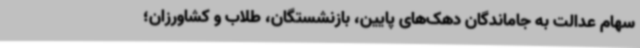
سهام عدالت به جاماندگان دهک‌های پایین، بازنشستگان، طلاب و کشاورزان؛